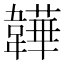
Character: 韡